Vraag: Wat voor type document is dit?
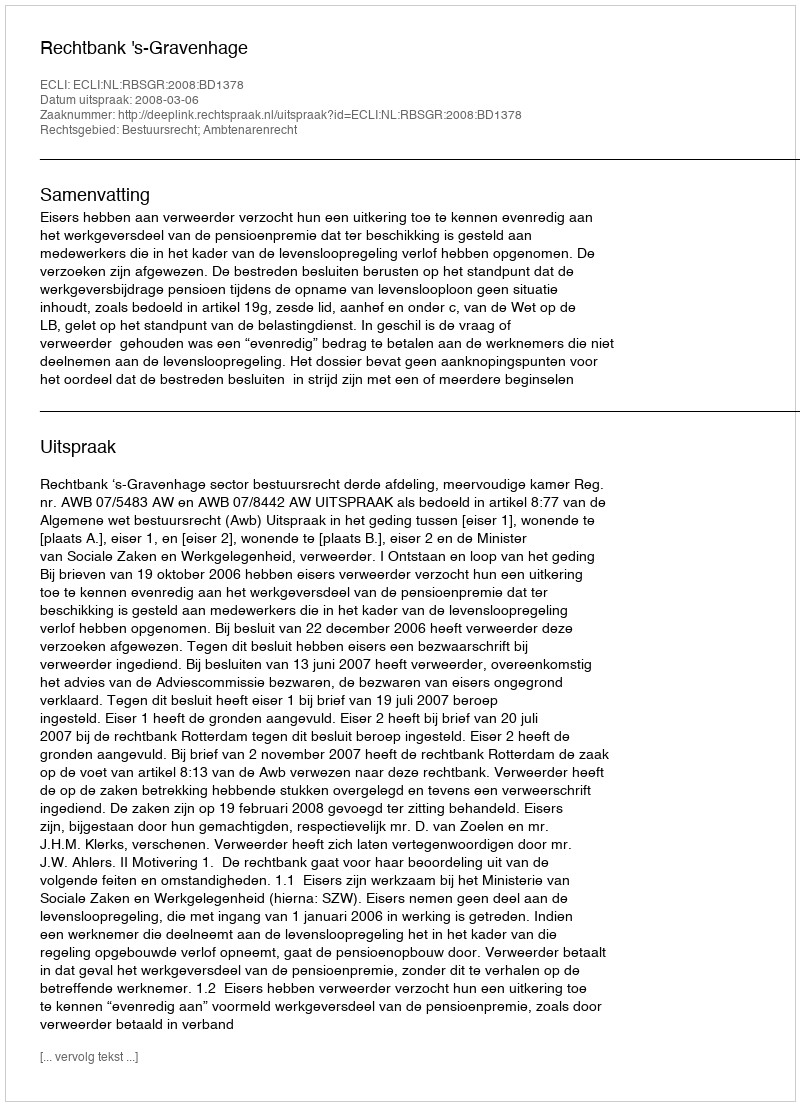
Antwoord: Uitspraak